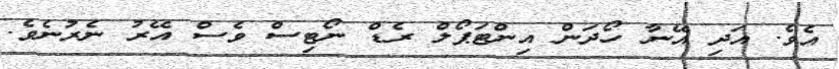
އެވެ. އަދި އޭނާ ހޯދަން އިންޓަޕޯލް ރެޑް ނޯޓިސް ވެސް އޭރު ނެރުނެވެ.